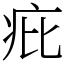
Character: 疪